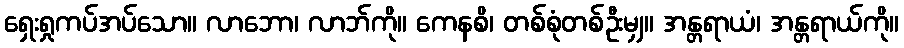
ရှေးရှုကပ်အပ်သော။ လာဘော၊ လာဘ်ကို။ ကေနစိ၊ တစ်စုံတစ်ဦးမျှ။ အန္တရာယံ၊ အန္တရာယ်ကို။